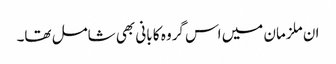
ان ملزمان میں اس گروہ کا بانی بھی شامل تھا۔